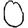
Digit: 0